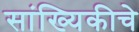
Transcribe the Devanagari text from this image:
सांख्यिकीचे